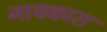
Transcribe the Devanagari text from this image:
नायकारा